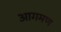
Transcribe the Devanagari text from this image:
आगमण